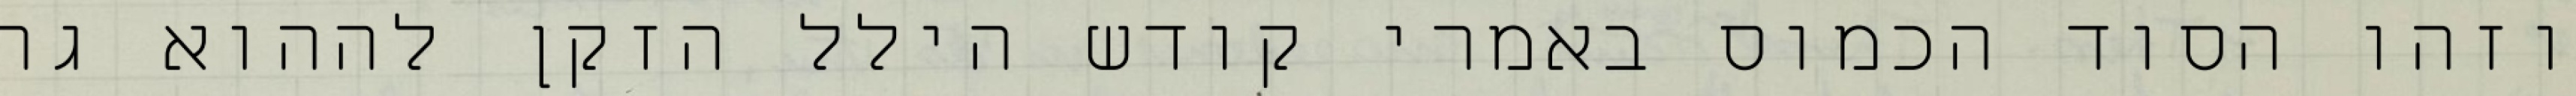
וזהו הסוד הכמוס באמרי קודש הילל הזקן לההוא גר